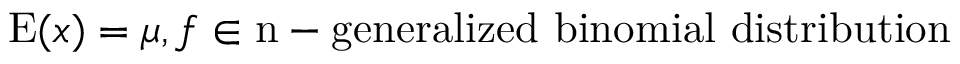
\operatorname { E } ( x ) = \mu , f \in { \mathrm { n - g e n e r a l i z e d ~ b i n o m i a l ~ d i s t r i b u t i o n } }